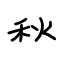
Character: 秋